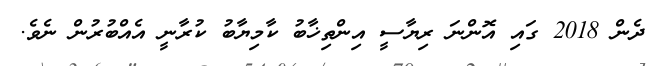
ދެން 2018 ގައި އޮންނަ ރިޔާސީ އިންތިޚާބު ކާމިޔާބު ކުރާނީ އެއްބުރުން ނެވެ.